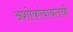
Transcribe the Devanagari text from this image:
अशोकांबाबतची